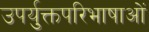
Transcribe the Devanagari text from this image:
उपर्युक्तपरिभाषाओं